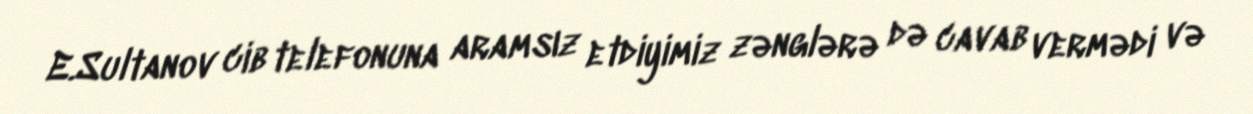
E.Sultanov cib telefonuna aramsız etdiyimiz zənglərə də cavab vermədi və